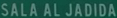
SALA AL JADIDA